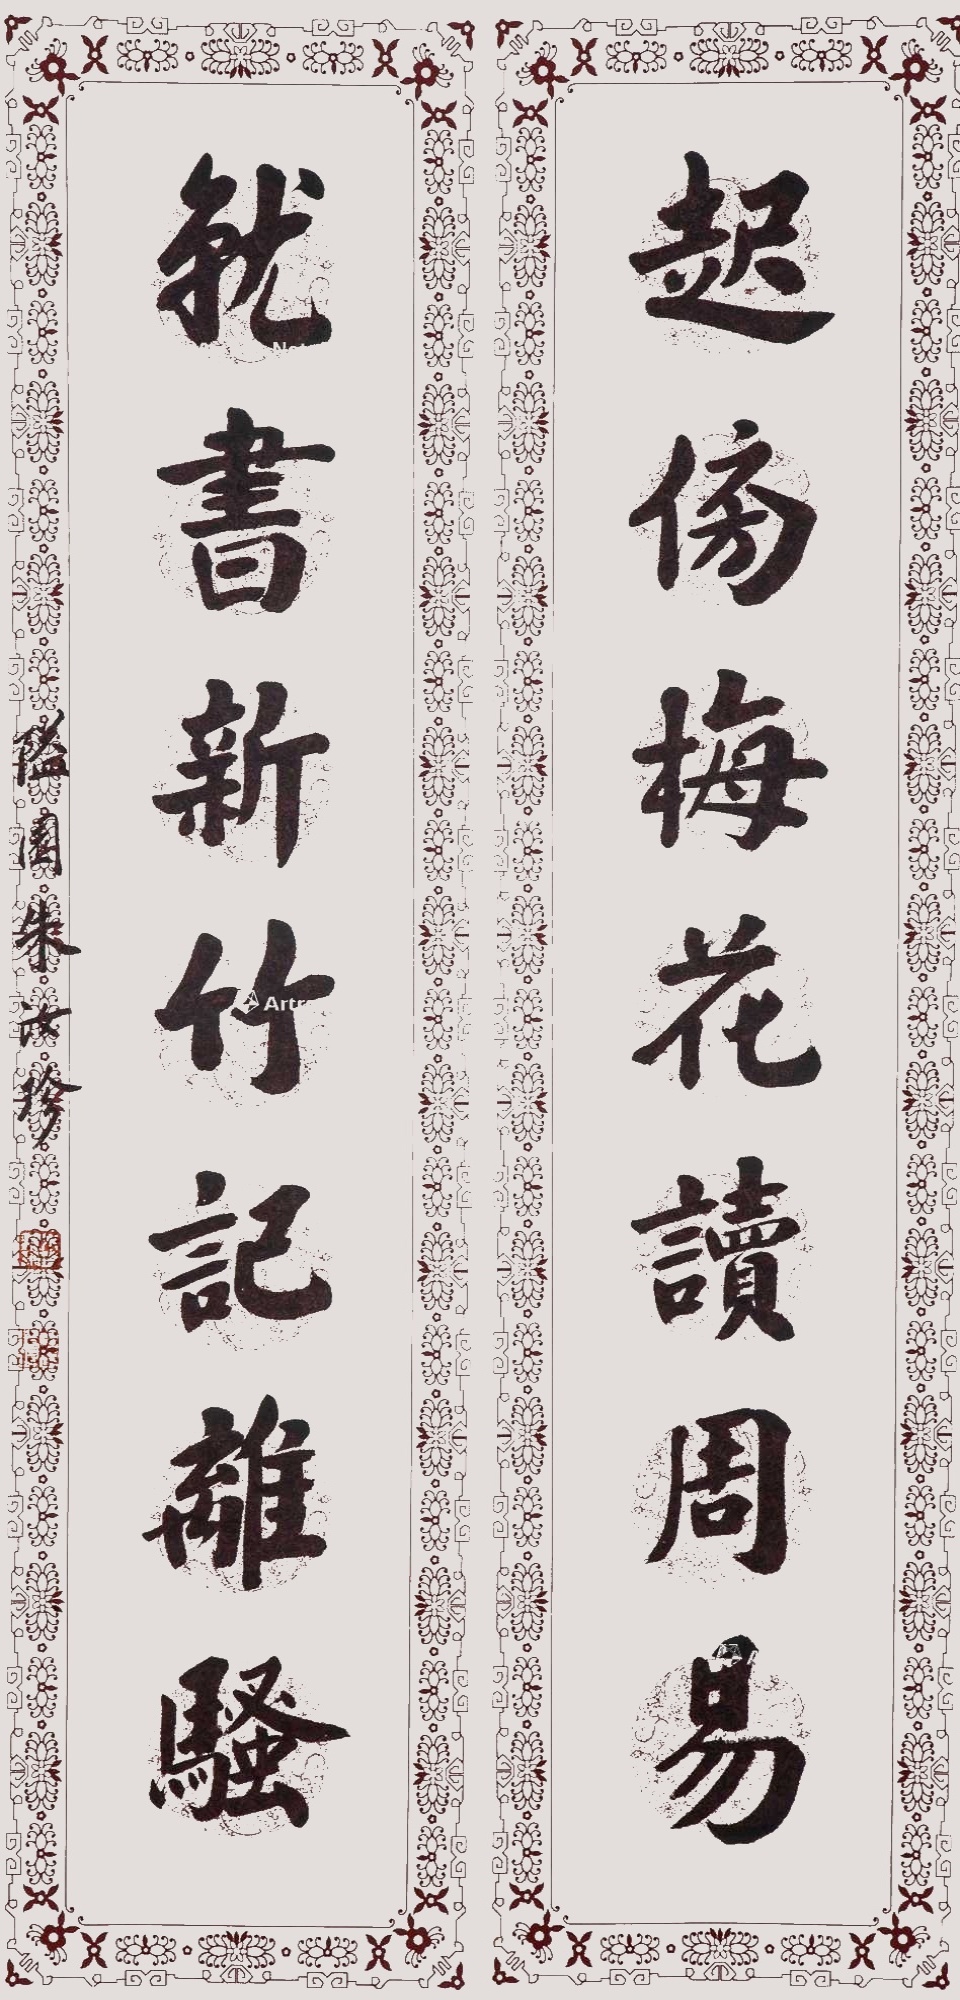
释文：起傍梅花读周易，就书新竹记离骚。隘园朱汝珍。